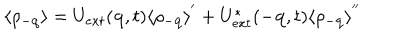
LaTeX: \langle \rho _ { - { \bf { q } } } \rangle = U _ { e x t } ( { \bf { q } } , t ) \langle \rho _ { - { \bf { q } } } \rangle ^ { ' } + U _ { e x t } ^ { * } ( - { \bf { q } } , t ) \langle \rho _ { - { \bf { q } } } \rangle ^ { ' ^ { \prime } }